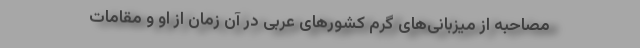
مصاحبه از میزبانی‌های گرم کشورهای عربی در آن زمان از او و مقامات